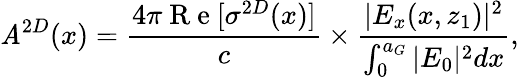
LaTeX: \mathit{A}^{2D}(x)=\frac{{4\pi\mathrm{{~R~e~}}[\sigma^{2D}(x)]}}{{c}}\times\frac{{|E_{x}(x,z_{1})|^{2}}}{{\int_{0}^{a_{G}}|E_{0}|^{2}dx}},